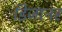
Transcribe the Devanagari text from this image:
डिजानर